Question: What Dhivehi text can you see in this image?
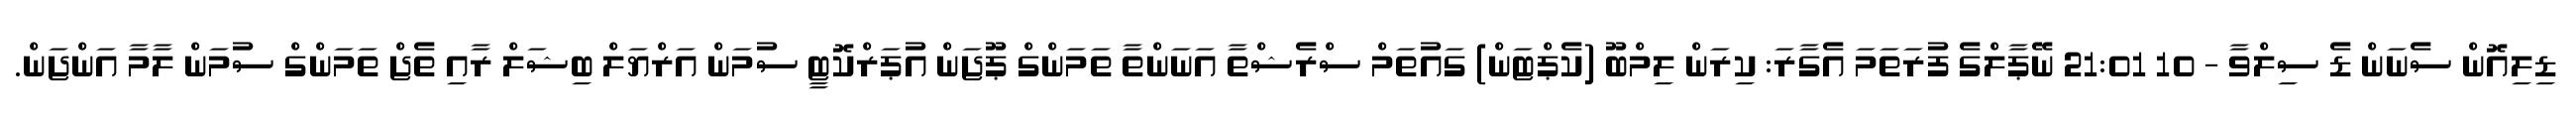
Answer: ޑިލިއޮން ސެނަން ޑެ ސިލްވާ - 10 21:01 ނޭޕާލްގެ ފުރަތަމަ އެގާރަ: ކިރަން ލިމްބޫ (ކެޕްޓަން) ގައުތަމް ސްރެޝްތާ އަނަންތާ ތަމަންގް ޕޫޖަން އުޕަރްކޮޓީ ސުމަން އަރްޔަލް ބިޝަލް ރާއި ތެޖް ތަމަންގް ސުމަން ލާމާ އަންޖަން.